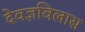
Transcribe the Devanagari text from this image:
देवज्ञविलास